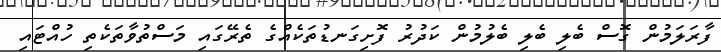
ފާރަލަމުން ގޮސް ބެލި ބެލި ބެލުމުން ކަދުރު ފޮށިގަނޑުތަކެއްގެ ތެރޭގައި މަސްތުވާތަކެތި ހުއްޓައި